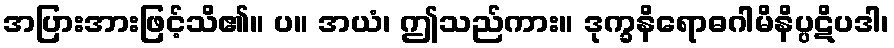
အပြားအားဖြင့်သိ၏။ ပ။ အယံ၊ ဤသည်ကား။ ဒုက္ခနိရောဓဂါမိနိပ္ပဋိပဒါ၊